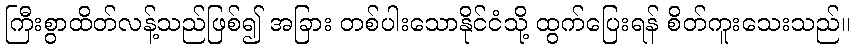
ကြီးစွာထိတ်လန့်သည်ဖြစ်၍ အခြား တစ်ပါးသောနိုင်ငံသို့ ထွက်ပြေးရန် စိတ်ကူးသေးသည်။